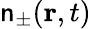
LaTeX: \mathsf{n}_{\pm}(\mathbf{{r}},t)